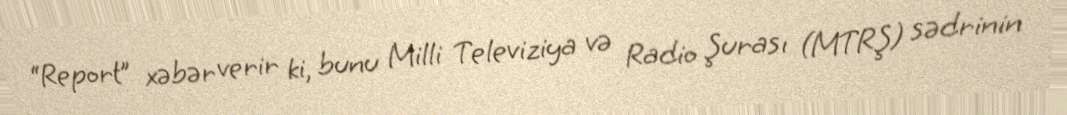
“Report” xəbər verir ki, bunu Milli Televiziya və Radio Şurası (MTRŞ) sədrinin